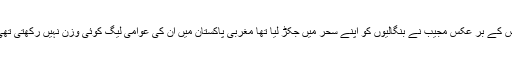
اس کے بر عکس مجیب نے بنگالیوں کو اپنے سحر میں جکڑ لیا تھا مغربی پاکستان میں ان کی عوامی لیگ کوئی وزن نہیں رکھتی تھی۔